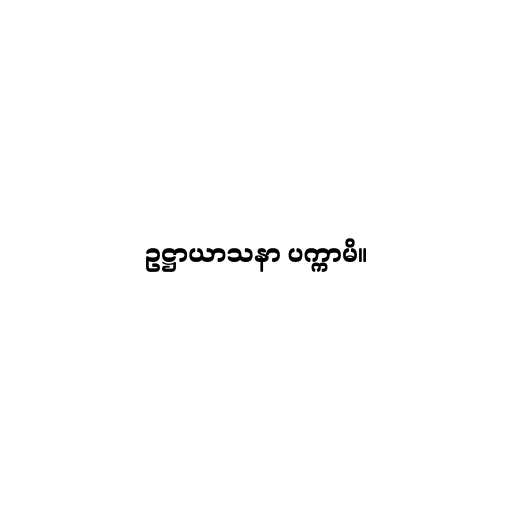
ဥဋ္ဌာယာသနာ ပက္ကာမိ။